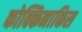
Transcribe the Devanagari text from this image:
कोक्किनाकिस